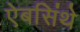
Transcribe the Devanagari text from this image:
ऐबसिंथे